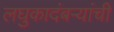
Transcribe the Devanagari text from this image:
लघुकादंबऱ्यांची